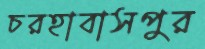
চরহাবাসপুর